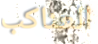
العناكب